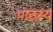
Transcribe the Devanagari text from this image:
पाठस्य